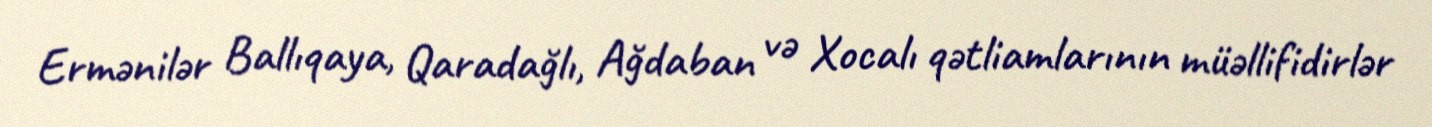
Ermənilər Ballıqaya, Qaradağlı, Ağdaban və Xocalı qətliamlarının müəllifidirlər